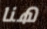
هنا